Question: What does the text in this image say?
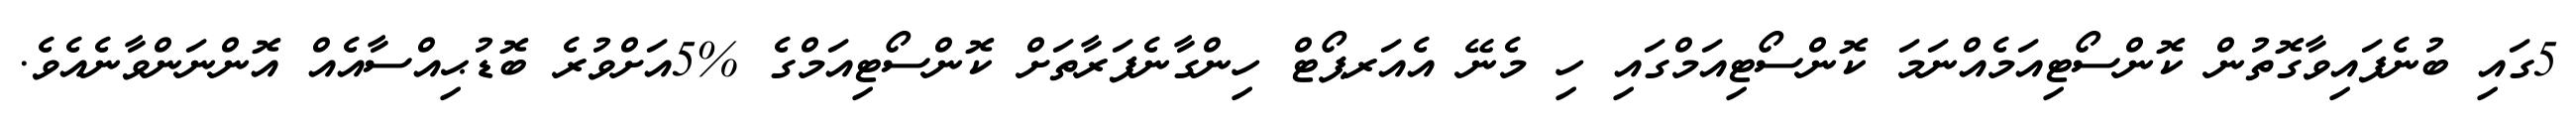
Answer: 5ގައި ބުނެފައިވާގޮތުން ކޮންސޯޓިއަމެއްނަމަ ކޮންސޯޓިއަމްގައި ހި މެނޭ އެއަރޕޯޓް ހިންގާނެފަރާތަށް ކޮންސޯޓިއަމްގެ %5އަށްވުރެ ބޮޑުޙިއްސާއެއް އޮންނަންވާނެއެވެ.